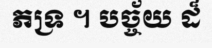
ភទ្រ ។ បច្ច័យ ដ៏